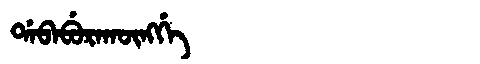
Manchu: ᡩᠠᠪᠠᠪᡠᡵᠠᡴᡡᠩᡤᡝ
Romanization: DABABURAKŪNGGE